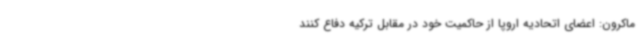
ماکرون: اعضای اتحادیه اروپا از حاکمیت خود در مقابل ترکیه دفاع کنند